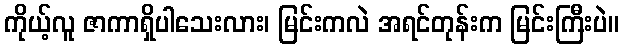
ကိုယ့်လူ ဇာကာရှိပါသေးလား၊ မြင်းကလဲ အရင်တုန်းက မြင်းကြီးပဲ။